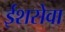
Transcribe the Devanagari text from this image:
ईशसेवा